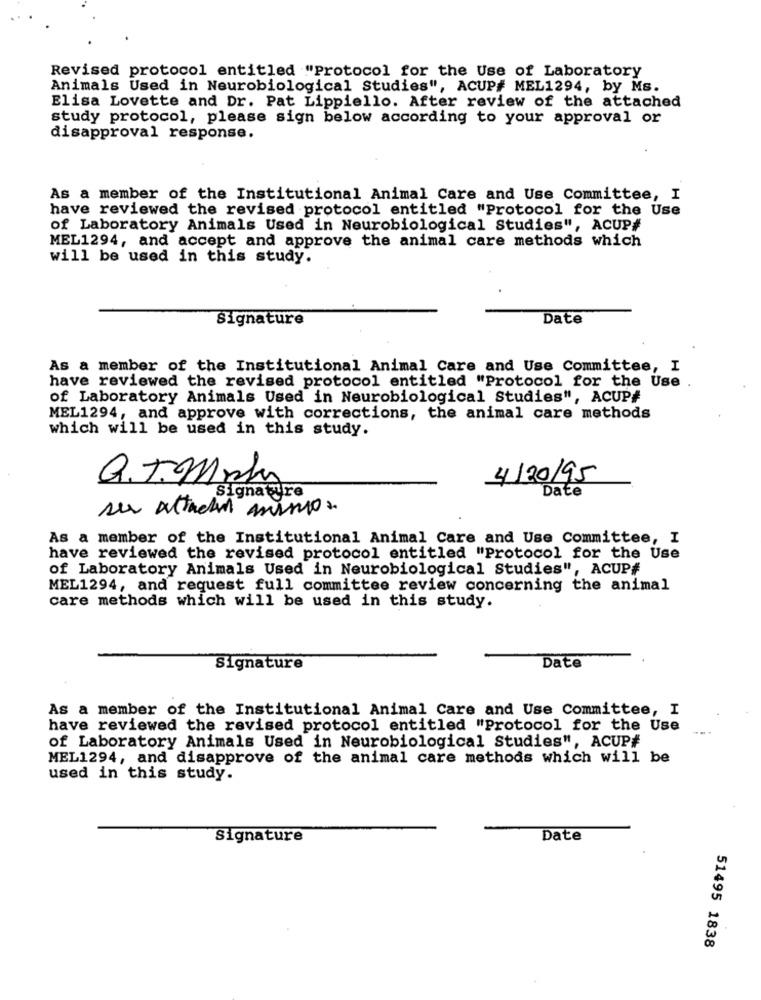
Revised protocol entitled "Protocol for the Use of Laboratory
Animals Used in Neurobiological Studies", ACUP# MEL1294, by Ms.
Elisa Lovette and Dr. Pat Lippiello. After review of the attached
study protocol, please sign below according to your approval or
disapproval response.
As a member of the Institutional Animal Care and Use Committee, I
have reviewed the revised protocol entitled "Protocol for the Use
of Laboratory Animals Used in Neurobiological Studies", ACUP#
MEL1294, and accept and approve the animal care methods which
will be used in this study.
Signature
Date
As a member of the Institutional Animal Care and Use Committee, I
have reviewed the revised protocol entitled "Protocol for the Use
of Laboratory Animals Used in Neurobiological Studies", ACUP#
MEL1294, and approve with corrections, the animal care methods
which will be used in this study.
Q.T. Mrhy
4/20/95
Date
Signature
su attachi armos.
As a member of the Institutional Animal Care and Use Committee, I
have reviewed the revised protocol entitled "Protocol for the Use
of Laboratory Animals Used in Neurobiological Studies", ACUP#
MEL1294, and request full committee review concerning the animal
care methods which will be used in this study.
Signature
Date
As a member of the Institutional Animal Care and Use Committee, I
have reviewed the revised protocol entitled "Protocol for the Use
of Laboratory Animals Used in Neurobiological Studies", ACUP#
MEL1294, and disapprove of the animal care methods which will be
used in this study.
Signature
Date
51495 1838